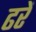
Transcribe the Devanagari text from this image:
ढरें